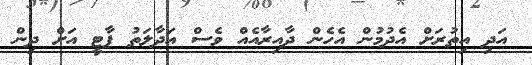
އަދި އިތުރަށް އެދުމުން އެހެން ދާއިރާއެއް ވެސް އަދާލަތު ޕާޓީ އަށް ދިން